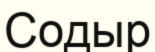
Содыр